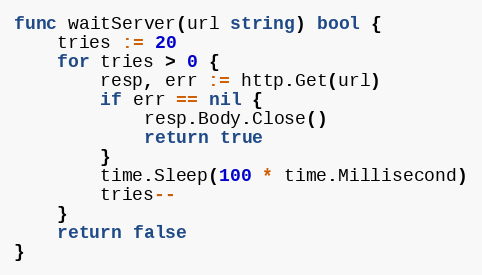
Language: Go
func waitServer(url string) bool {
	tries := 20
	for tries > 0 {
		resp, err := http.Get(url)
		if err == nil {
			resp.Body.Close()
			return true
		}
		time.Sleep(100 * time.Millisecond)
		tries--
	}
	return false
}